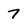
Character: 7